Report on the working of the mental hospitals for Indians in Bihar and Orissa - 1925-1929
Year: 1925
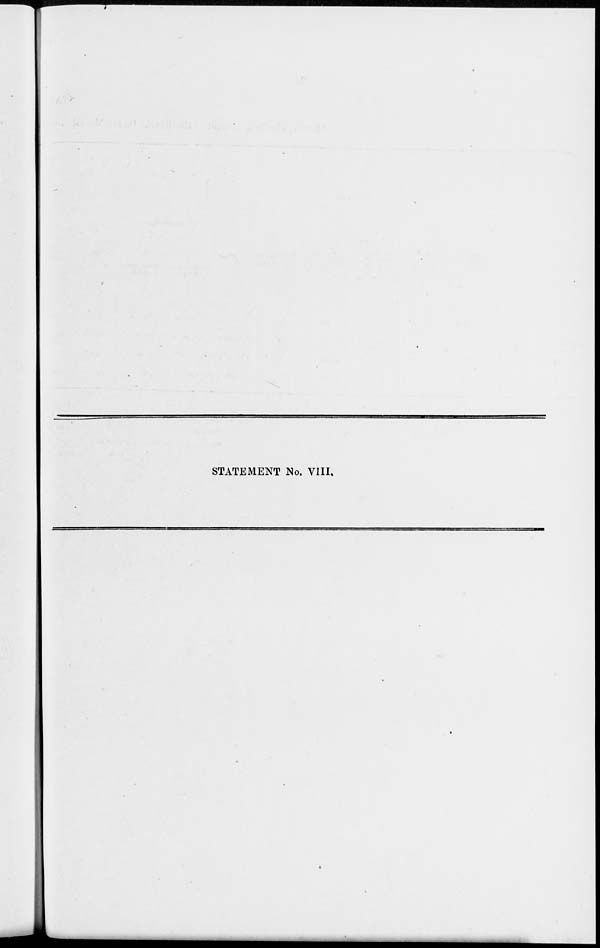
STATEMENT No. VIII.